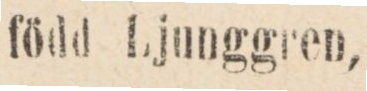
född Ljunggren,